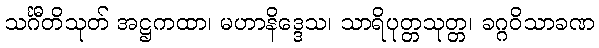
သင်္ဂီတိသုတ် အဋ္ဌကထာ၊ မဟာနိဒ္ဒေသ၊ သာရိပုတ္တသုတ္တ၊ ခဂ္ဂဝိသာခဏ